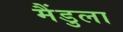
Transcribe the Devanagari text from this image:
मैंडुला